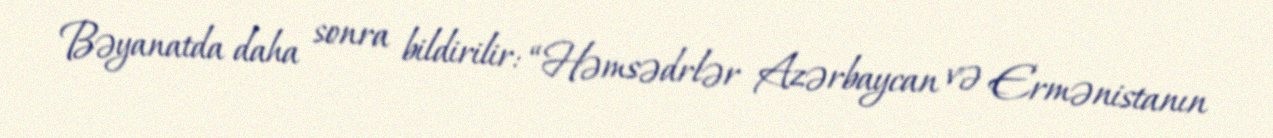
Bəyanatda daha sonra bildirilir: “Həmsədrlər Azərbaycan və Ermənistanın